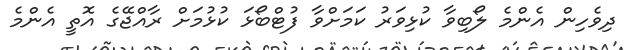
ދިވެހިން އެންމެ ލޯބިވާ ކުޅިވަރު ކަމަށްވާ ފުޓްބޯޅަ ކުޅުމަށް ރާއްޖޭގެ އޮތީ އެންމެ